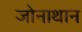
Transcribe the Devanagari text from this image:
जोनाथान